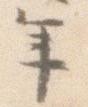
年